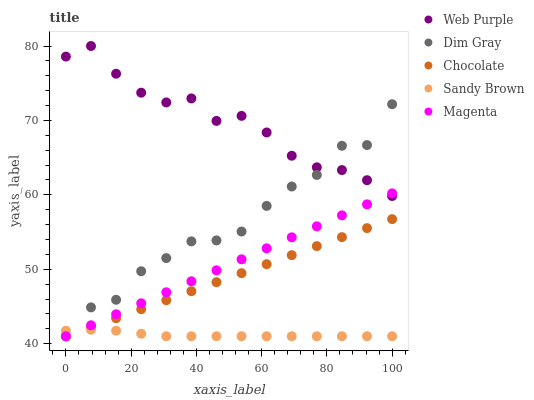
| xaxis_label | Web Purple | Dim Gray | Chocolate | Sandy Brown | Magenta |
 | --- | --- | --- | --- | --- | --- |
 | 0 | 78.6 | 41 | 41 | 41.7 | 41 |
 | 7.69 | 80 | 44.9 | 42.2 | 41.9 | 42.5 |
 | 15.4 | 76.3 | 45.9 | 43.4 | 41.7 | 44 |
 | 23.1 | 73.7 | 49.7 | 44.6 | 41.3 | 45.4 |
 | 30.8 | 72.4 | 51.5 | 45.8 | 41 | 46.9 |
 | 38.5 | 73 | 53.8 | 47.1 | 41 | 48.4 |
 | 46.2 | 69.9 | 53.9 | 48.3 | 41 | 49.9 |
 | 53.8 | 70.6 | 55.1 | 49.5 | 41 | 51.3 |
 | 61.5 | 68.4 | 58.5 | 50.7 | 41 | 52.8 |
 | 69.2 | 65.3 | 61.1 | 51.9 | 41 | 54.3 |
 | 76.9 | 63.7 | 62.7 | 53.1 | 41 | 55.8 |
 | 84.6 | 63.3 | 66.6 | 54.3 | 41 | 57.2 |
 | 92.3 | 62 | 66.7 | 55.5 | 41 | 58.7 |
 | 100 | 59.8 | 72.2 | 56.7 | 41 | 60.2 |